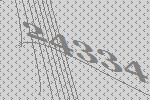
24334